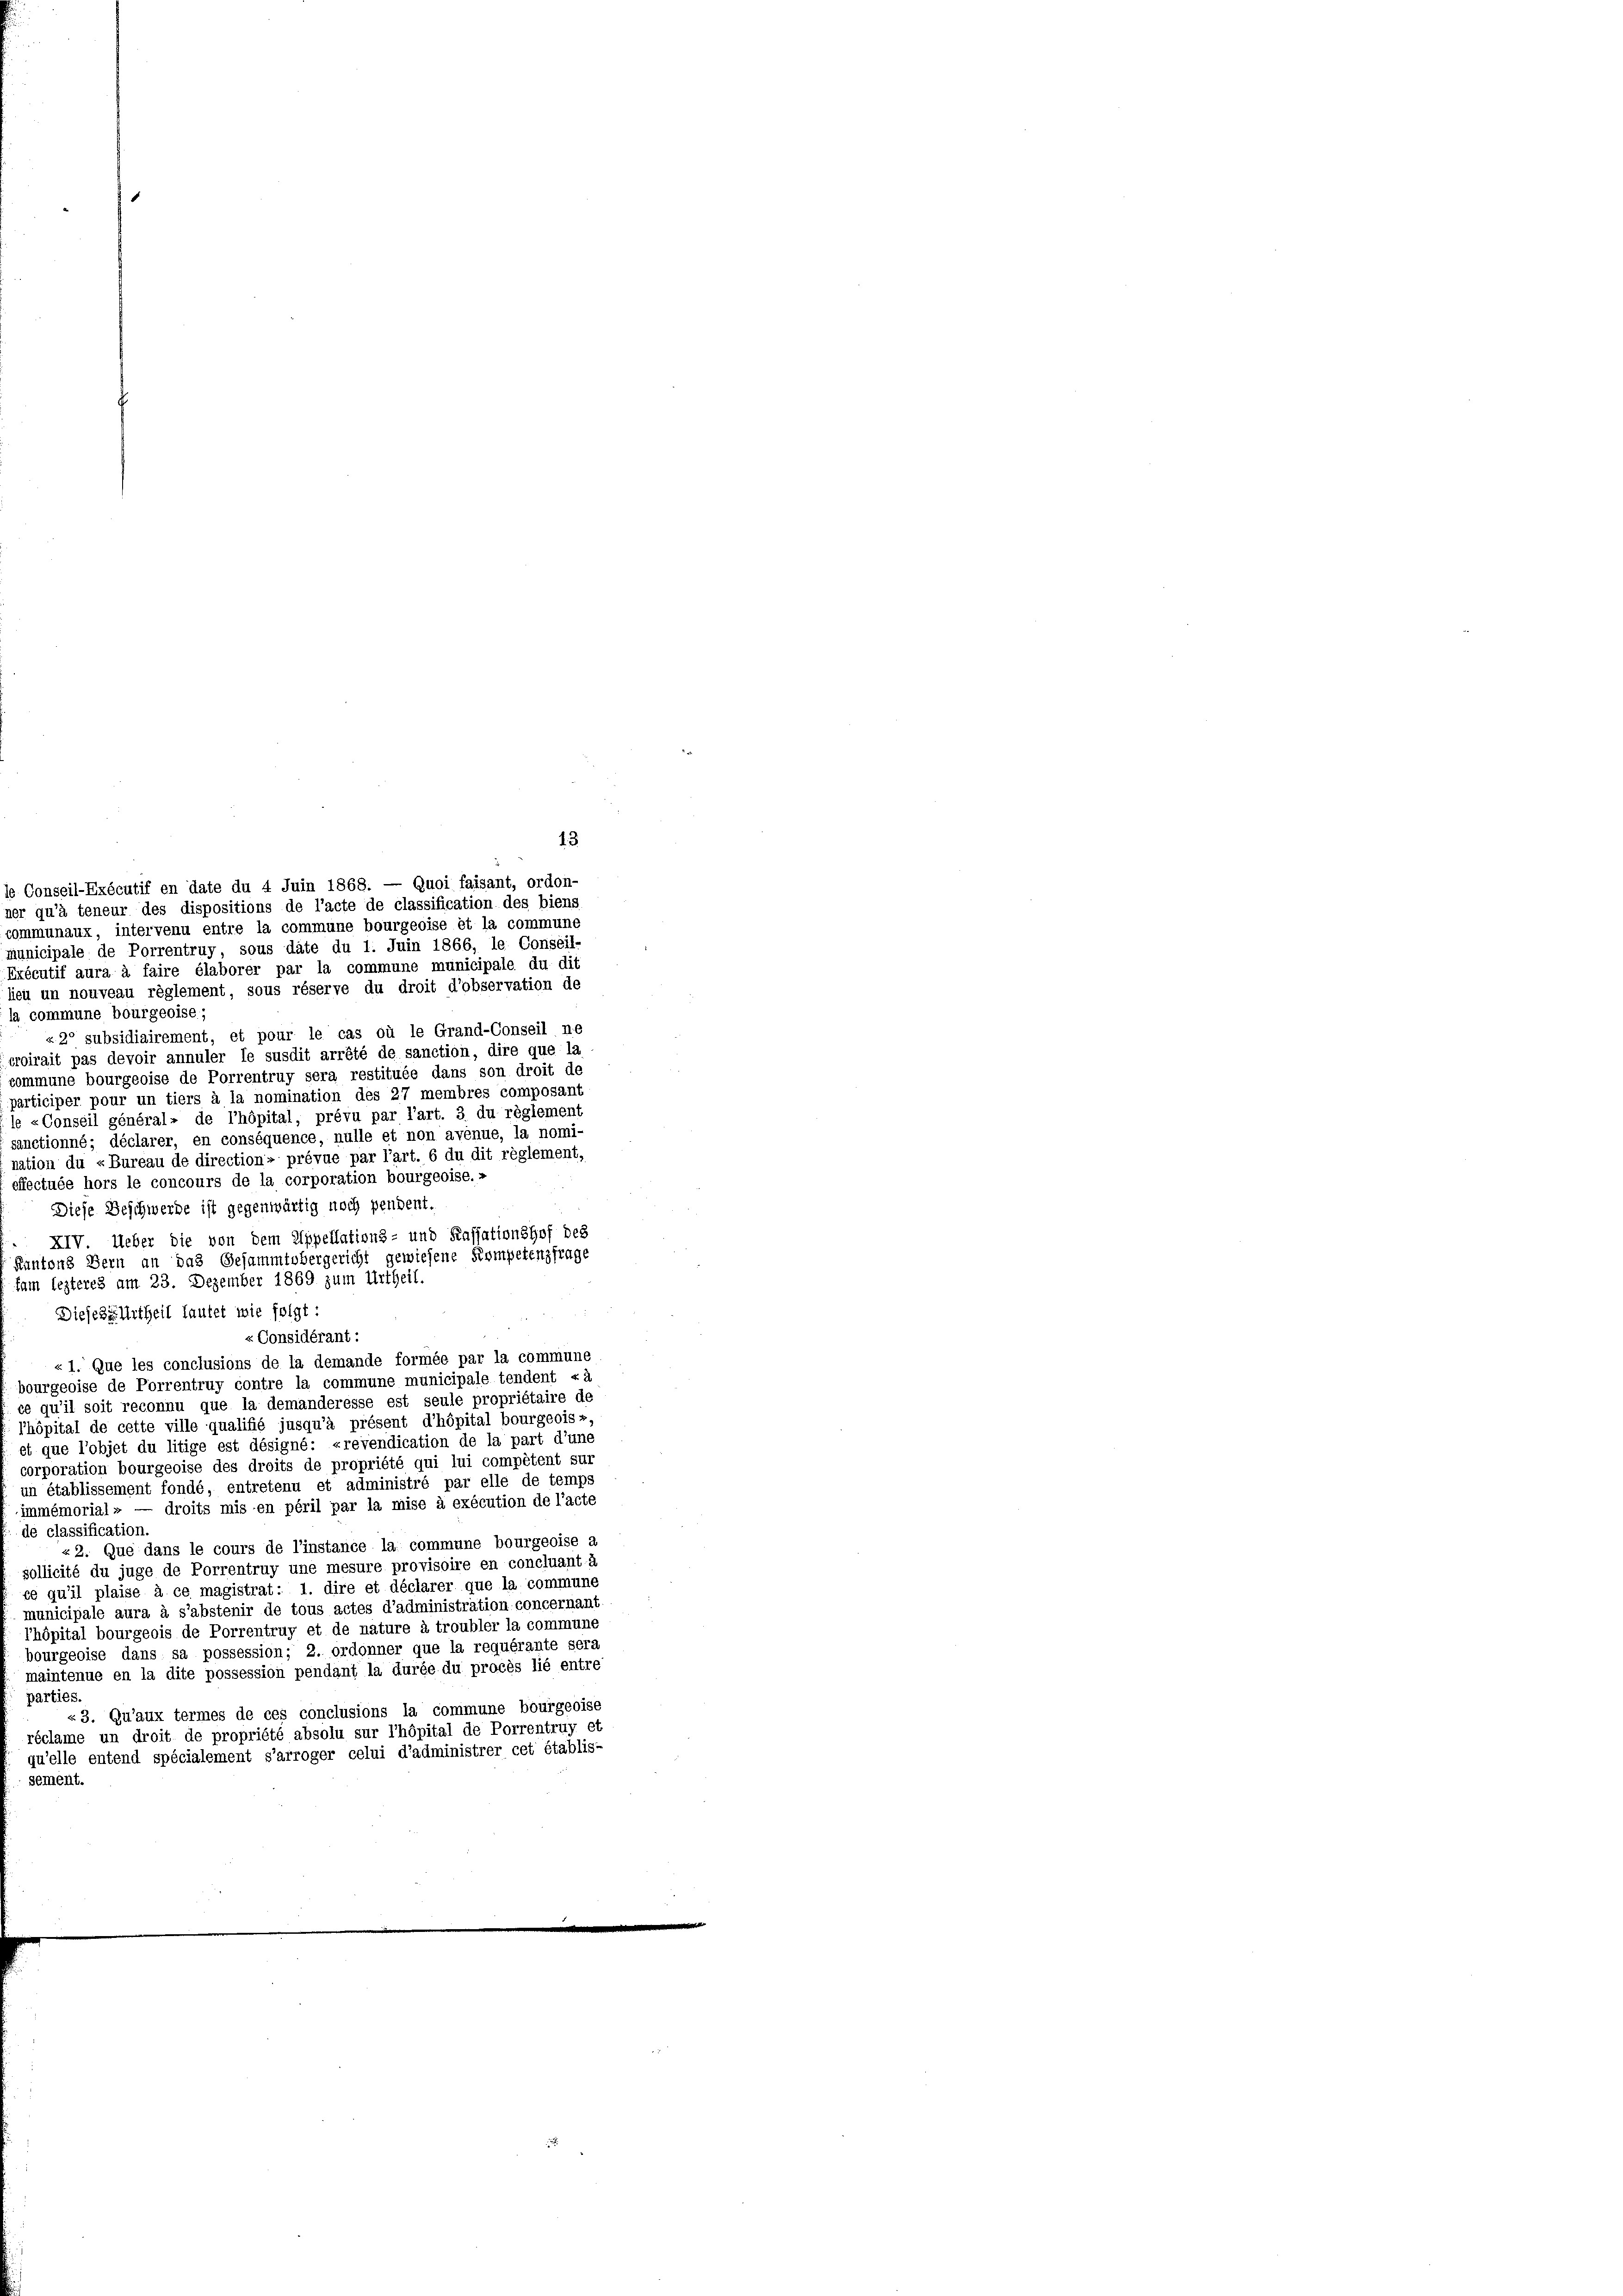
Erécutif aura à faire élaborer par la commune municipale du dit
lieu un nouveau règlement, sous réserve du droit d’observation de
la commune bourgeoise;
« 2° subsidiairement, et pour le cas où le Grand-Conseil ne
croirait pas devoir annuler le susdit arrété de sanction, dire que la
commune bourgeoise de Porrentruy sera restituée dans son droit de
participer pour un tiers à la nomination des 27 membres composant
le «Conseil général- de l’hôpital, prévu par l’art. 3 du règlement
sanctionné; déclarer, en conséquence, nulle et non avenue, la nomi-
nation du «Bureau de direction» prévue par l’art. 6 du dit règlement,
effectuée hors le concours de la corporation bourgeoise.«
Diese Beschwerde ist gegenwärtig noch pendent.
XIV. Ueber die von dem Appellations- und Kassationshof des
Kantons Bern an das Gesammtobergericht gewiesene Kompetenzfrage
tam lezteres am 23. Dezember 1869 zum Urtheil.
Dieses Urtheil lautet wie folgt:
« Considérant:
« 1. Que les conclusions de la demande formée par la commune
bourgeoise de Porrentruy contre la commune municipale tendent «à
ce qu’il soit reconnu que la demanderesse est seule propriétaire de
Phöpital de cette ville qualifié jusqu’à présent d’hôpital bourgeoiss
et que l’objet du litige est désigné: «revendication de la part d’une
corporation bourgeoise des droits de propriété qui lui compétent sur
un établissement fondé, entretenu et administré par elle de temps
immémorial » — droits mis en péril par la mise à exécution de l’acte
de classification.
 2. Que dans le cours de l’instance la commune bourgeoise a
sollicité du juge de Porrentruy une mesure provisoire en concluant à
ce qu’il plaise à ce magistrat: 1. dire et déclarer que la commune
municipale aura à s’abstenir de tous actes d’administration concernant
hôpital bourgeois de Porrentruy et de nature à troubler la commune
bourgeoise dans sa possession; 2. ordonner que la requérante sera
maintenue en la dite possession pendant la durée du procès lié entre
parties.
«3. Qu’aux termes de ces conclusions la commune bourgeoise
réclame un droit de propriété absolu sur l’hôpital de Porrentruy et
qu’elle entend spécialement s’arroger celui d’administrer cet établis-
sement.

ner qu’à teneur des dispositions de l’acte de classification des biens
communaux, intervenu entre la commune bourgeoise et la commune
municipale de Porrentruy sous date du 1. Juin 1866, le Conseil-

13
s Conseil-Exécutif en date du 4 Juin 1868. — Quoi faisant, ordon-